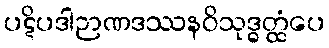
ပဋိပဒါဉာဏဒဿနဝိသုဒ္ဓတ္ထံပေ